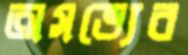
অসভ্যের